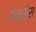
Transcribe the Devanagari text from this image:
फ़ेन्सेस